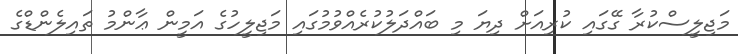
މަޖިލީސްކުރާ ގޭގައި ކުރިއަށް ދިޔަ މި ބައްދަލުކުރެއްވުމުގައި މަޖިލީހުގެ އަމީން ޢާންމު ތައިލެންޑްގެ